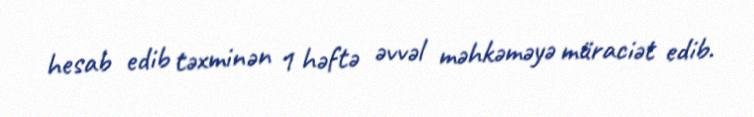
hesab edib təxminən 1 həftə əvvəl məhkəməyə müraciət edib.